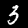
Label: 3